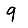
Digit: 9